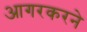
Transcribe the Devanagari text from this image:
आगरकरने